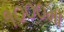
૧૦૦૦મા